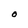
Character: O